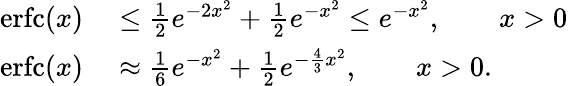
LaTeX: \begin{array}{rl}{\operatorname{erfc}(x)}&{{}\leq{\frac{1}{2}}e^{-2x^{2}}+{\frac{1}{2}}e^{-x^{2}}\leq e^{-x^{2}},\qquad x>0}\\ {\operatorname{erfc}(x)}&{{}\approx{\frac{1}{6}}e^{-x^{2}}+{\frac{1}{2}}e^{-{\frac{4}{3}}x^{2}},\qquad x>0.}\end{array}